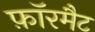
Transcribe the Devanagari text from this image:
फ़ॉरमैट